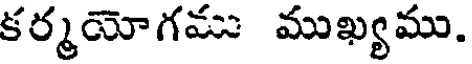
కర్మయోగము ముఖ్యము.